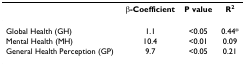
|  | β-Coefficient | P value | R2 |
 | --- | --- | --- | --- |
 | Global Health (GH) | 1.1 | <0.05 | 0.44* |
 | Mental Health (MH) | 10.4 | <0.01 | 0.09 |
 | General Health Perception (GP) | 9.7 | <0.05 | 0.21 |